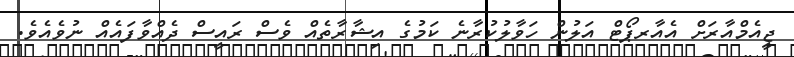
ޖީއެމްއާރަށް އެއާރޕޯޓް އަލުން ހަވާލުކުރާނެ ކަމުގެ އިޝާރާތެއް ވެސް ރައީސް ދެއްވާފައެއް ނުވެއެވެ.